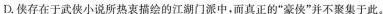
D.侠存在于武侠小说所热衷描绘的江湖门派中，而真正的”豪侠”并不聚集于此。